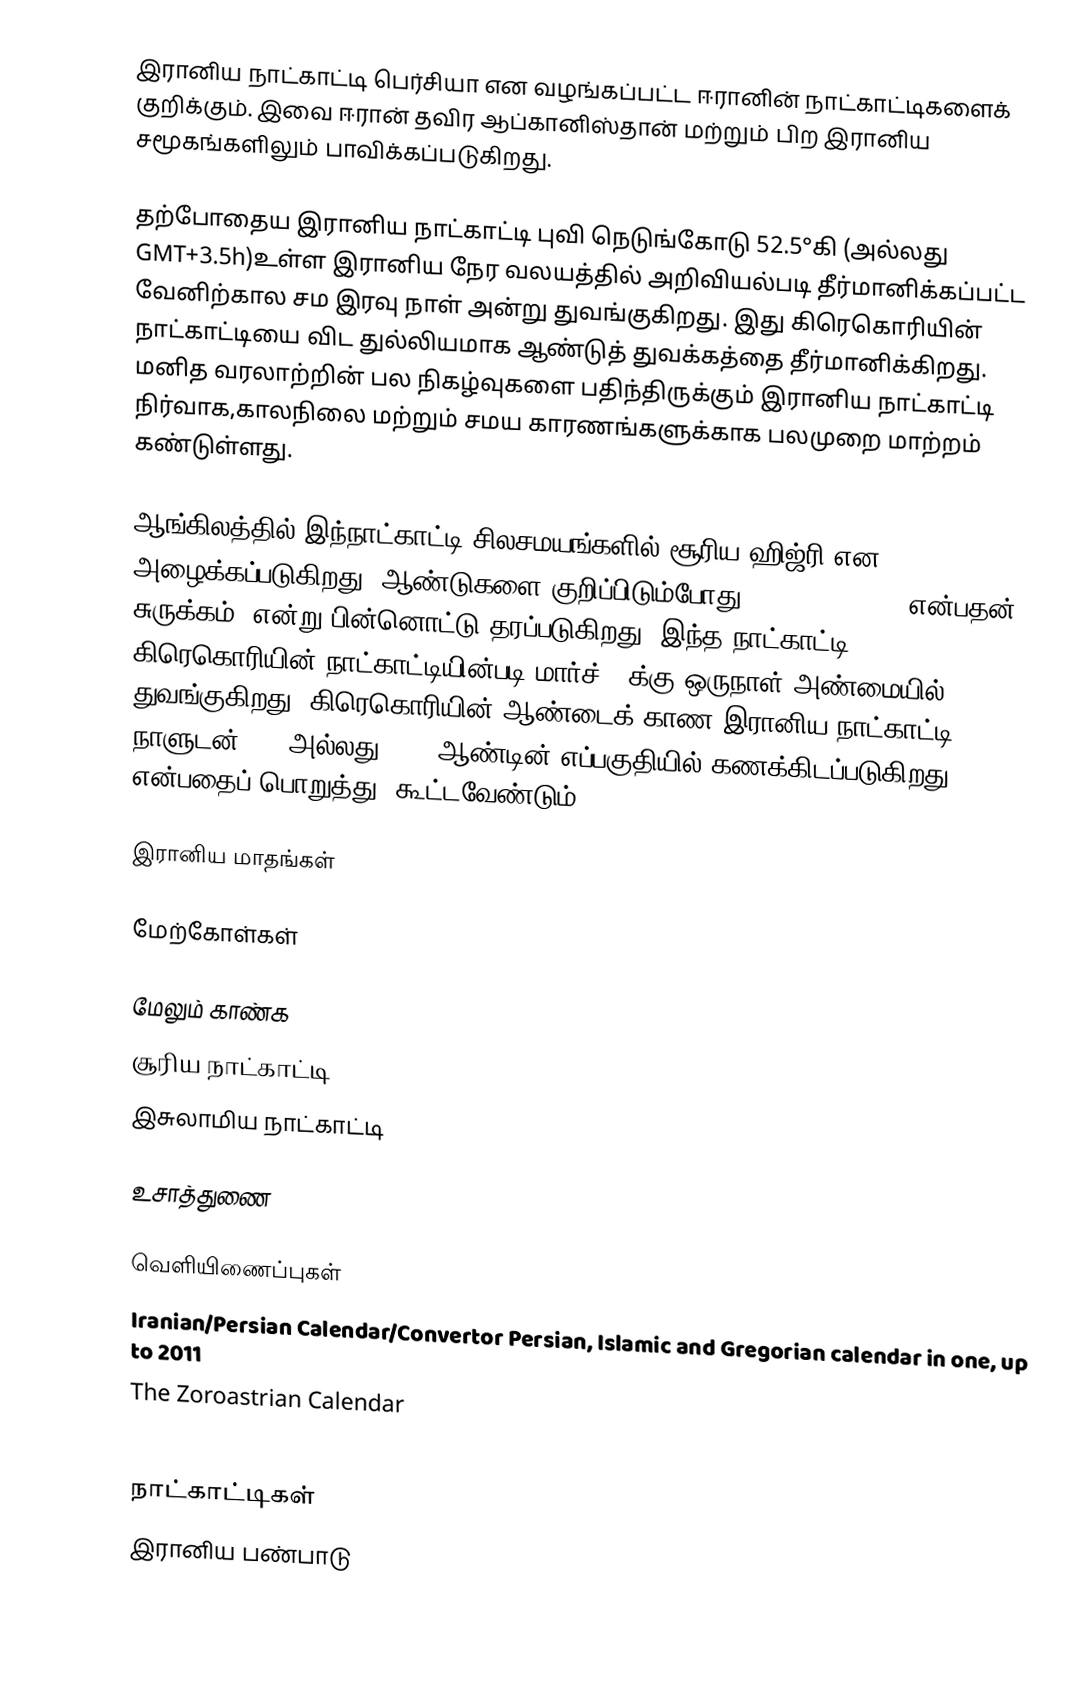
இரானிய நாட்காட்டி பெர்சியா என வழங்கப்பட்ட ஈரானின் நாட்காட்டிகளைக் குறிக்கும். இவை ஈரான் தவிர ஆப்கானிஸ்தான் மற்றும் பிற இரானிய சமூகங்களிலும் பாவிக்கப்படுகிறது.

தற்போதைய இரானிய நாட்காட்டி புவி நெடுங்கோடு 52.5°கி (அல்லது GMT+3.5h)உள்ள இரானிய நேர வலயத்தில் அறிவியல்படி தீர்மானிக்கப்பட்ட வேனிற்கால சம இரவு நாள் அன்று துவங்குகிறது. இது கிரெகொரியின் நாட்காட்டியை விட துல்லியமாக ஆண்டுத் துவக்கத்தை தீர்மானிக்கிறது. மனித வரலாற்றின் பல நிகழ்வுகளை பதிந்திருக்கும் இரானிய நாட்காட்டி நிர்வாக,காலநிலை மற்றும் சமய காரணங்களுக்காக பலமுறை மாற்றம் கண்டுள்ளது.

ஆங்கிலத்தில் இந்நாட்காட்டி சிலசமயங்களில் சூரிய ஹிஜ்ரி என அழைக்கப்படுகிறது. ஆண்டுகளை குறிப்பிடும்போது AP(Anno Persico என்பதன் சுருக்கம்) என்று பின்னொட்டு தரப்படுகிறது. இந்த நாட்காட்டி கிரெகொரியின் நாட்காட்டியின்படி மார்ச் 21க்கு ஒருநாள் அண்மையில் துவங்குகிறது. கிரெகொரியின் ஆண்டைக் காண இரானிய நாட்காட்டி நாளுடன் 621 அல்லது 622 (ஆண்டின் எப்பகுதியில் கணக்கிடப்படுகிறது என்பதைப் பொறுத்து) கூட்டவேண்டும்.

இரானிய மாதங்கள்

மேற்கோள்கள்

மேலும் காண்க
 சூரிய நாட்காட்டி
 இசுலாமிய நாட்காட்டி

உசாத்துணை

வெளியிணைப்புகள்
 Iranian/Persian Calendar/Convertor Persian, Islamic and Gregorian calendar in one, up to 2011
 The Zoroastrian Calendar
 Meaning of the names of the months in the Persian Calendar

நாட்காட்டிகள்
இரானிய பண்பாடு